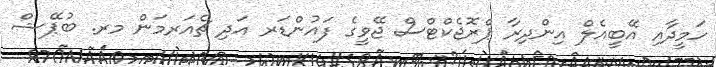
ހަމީދާއި އޭބީއެލް އިންދިރާ ޕްރޮޖެކްޓްސް ޖޭވީގެ ފައުންޑަރ އަދި ޗެއަރމަން މރ. ބުޕޭޝް